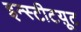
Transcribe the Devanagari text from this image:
इन्स्टीटय़ूट